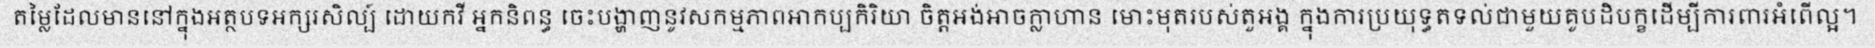
តម្លៃដែលមាននៅក្នុងអត្ថបទអក្សរសិល្ប៍ ដោយកវី អ្នកនិពន្ធ ចេះបង្ហាញនូវសកម្មភាពអាកប្បកិរិយា ចិត្តអង់អាចក្លាហាន មោះមុតរបស់តួអង្គ ក្នុងការប្រយុទ្ធតទល់ជាមួយគូបដិបក្ខដើម្បីការពារអំពើល្អ។